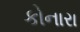
કોનારા